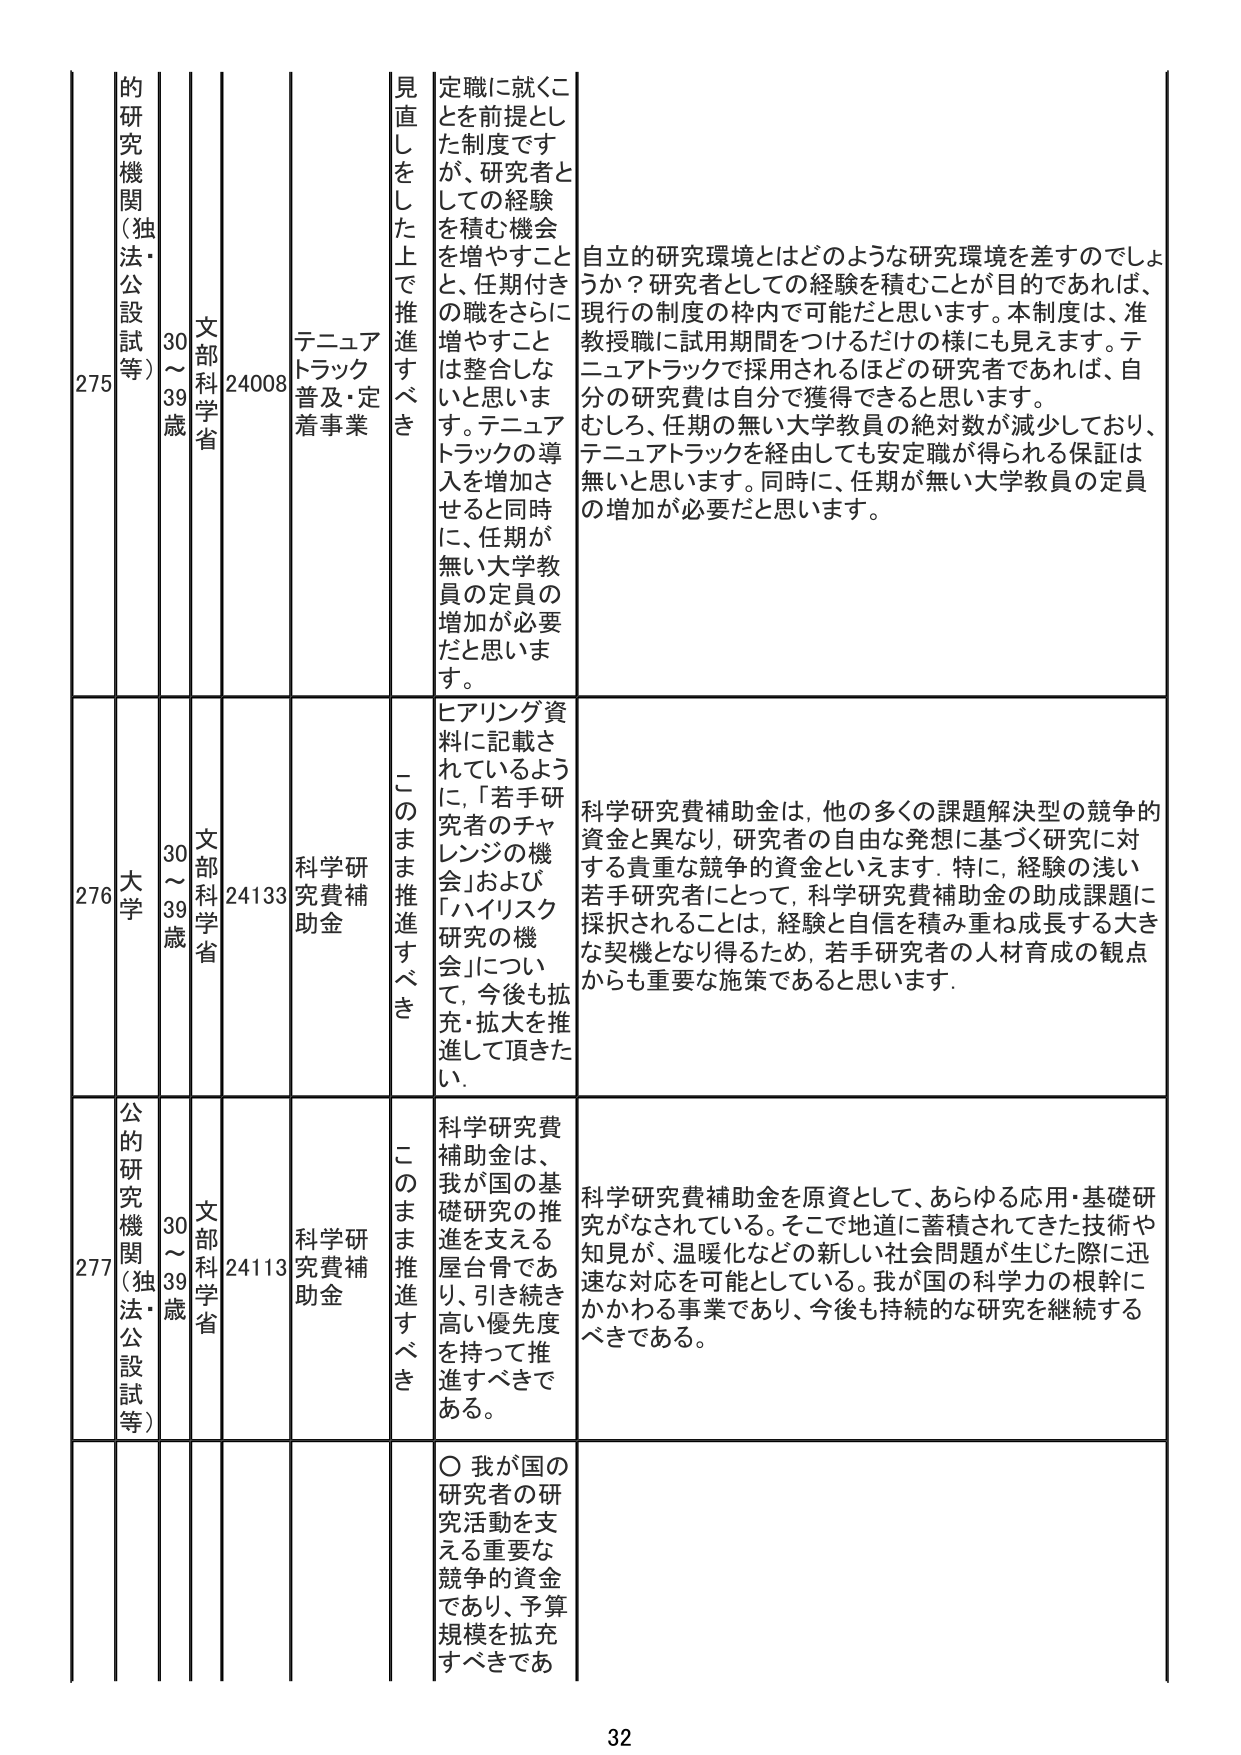
275 的研究機関（独法・公設試等） 30～39歳 文部科学省 24008 テニュアトラック普及・定着事業 見直しをした上で推進すべき 定職に就くことを前提とした制度ですが、研究者としての経験を積む機会を増やすことと、任期付きの職をさらに増やすことは整合しないと思います。テニュアトラックの導入を増加させると同時に、任期が無い大学教員の定員の増加が必要だと思います。 自立的研究環境とはどのような研究環境を差すのでしょうか？研究者としての経験を積むことが目的であれば、現行の制度の枠内で可能だと思います。本制度は、准教授職に試用期間をつけるだけの様にも見えます。テニュアトラックで採用されるほどの研究者であれば、自分の研究費は自分で獲得できると思います。むしろ、任期の無い大学教員の絶対数が減少しており、テニュアトラックを経由しても安定職が得られる保証は無いと思います。同時に、任期が無い大学教員の定員の増加が必要だと思います。

276 大学 30～39歳 文部科学省 24133 科学研究費補助金 このまま推進すべき ヒアリング資料に記載されているように、「若手研究者のチャレンジの機会」および「ハイリスク研究の機会」について、今後も拡充・拡大を推進して頂きたい。 科学研究費補助金は、他の多くの課題解決型の競争的資金と異なり、研究者の自由な発想に基づく研究に対する貴重な競争的資金といえます。特に、経験の浅い若手研究者にとって、科学研究費補助金の助成課題に採択されることは、経験と自信を積み重ね成長する大きな契機となり得るため、若手研究者の人材育成の観点からも重要な施策であると思います。

277 公的研究機関（独法・公設試等） 30～39歳 文部科学省 24113 科学研究費補助金 このまま推進すべき 科学研究費補助金は、我が国の基礎研究の推進を支える屋台骨であり、引き続き高い優先度を持って推進すべきである。 科学研究費補助金を原資として、あらゆる応用・基礎研究がなされている。そこで地道に蓄積されてきた技術や知見が、温暖化などの新しい社会問題が生じた際に迅速な対応を可能としている。我が国の科学力の根幹にかかわる事業であり、今後も持続的な研究を継続するべきである。

○ 我が国の研究者の研究活動を支える重要な競争的資金であり、予算規模を拡充すべきであ

32